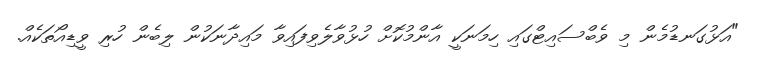
"އަޅުގަނޑުމެން މި ވެބްސައިޓްގައި ހިމަނަކީ އާންމުކޮށް ހުޅުވާލެވިފައިވާ މައިދާނަކުން ލިބެން ހުރި ވީޑިއޯތަކެއް.